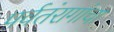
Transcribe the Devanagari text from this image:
पर्वतंरागांचा